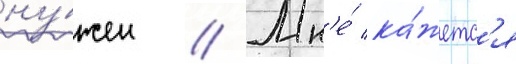
ну́жен // Мн'е́ ка́жетс'я